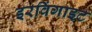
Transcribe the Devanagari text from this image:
इरविंगाइट